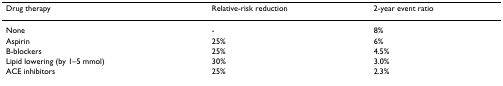
| Drug therapy | Relative-risk reduction | 2-year event ratio |
 | --- | --- | --- |
 | None | - | 8% |
 | Aspirin | 25% | 6% |
 | B-blockers | 25% | 4.5% |
 | Lipid lowering (by 1–5 mmol) | 30% | 3.0% |
 | ACE inhibitors | 25% | 2.3% |